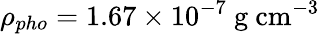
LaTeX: \rho_{pho}=1.67\times 10^{-7}\ \mathrm{g\ cm^{-3}}